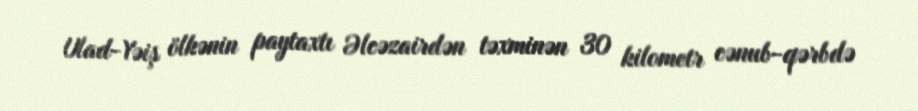
Ulad-Yəiş ölkənin paytaxtı Əlcəzairdən təxminən 30 kilometr cənub-qərbdə